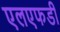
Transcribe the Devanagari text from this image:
एलएफडी